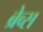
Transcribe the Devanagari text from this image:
ब्रेव्स